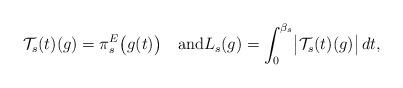
LaTeX: \begin{align*} \mathcal{T}_s(t) (g)=\pi_s^E\bigl(g(t)\bigr) \quad\mbox{and}L_s(g)=\int_0^{\beta_s}\bigl|\mathcal{T}_{s}(t) (g)\bigr|\,dt,\end{align*}